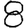
Digit: 8